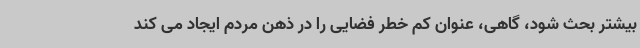
بیشتر بحث شود، گاهی، عنوان کم خطر فضایی را در ذهن مردم ایجاد می کند